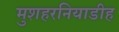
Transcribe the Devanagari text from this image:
मुशहरनियाडीह